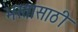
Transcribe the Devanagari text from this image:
भरतासाठी